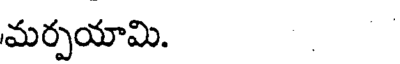
మర్పయామి.